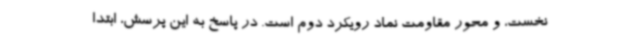
نخست، و محور مقاومت نماد رویکرد دوم است. در پاسخ به این پرسش، ابتدا